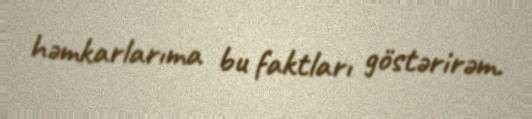
həmkarlarıma bu faktları göstərirəm.